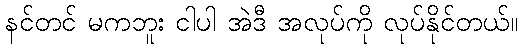
နင်တင် မကဘူး ငါပါ အဲဒီ အလုပ်ကို လုပ်နိုင်တယ်။